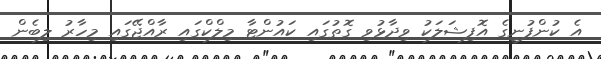
އެ ކުންފުނީގެ އޮފިޝަލަކު ވިދާޅުވި ގޮތުގައި ކައުންޓާ މިލްކްގައި ރާއްޖޭގައި މިހާރު ލިބެން